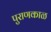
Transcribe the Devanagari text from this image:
पुराणकाळ